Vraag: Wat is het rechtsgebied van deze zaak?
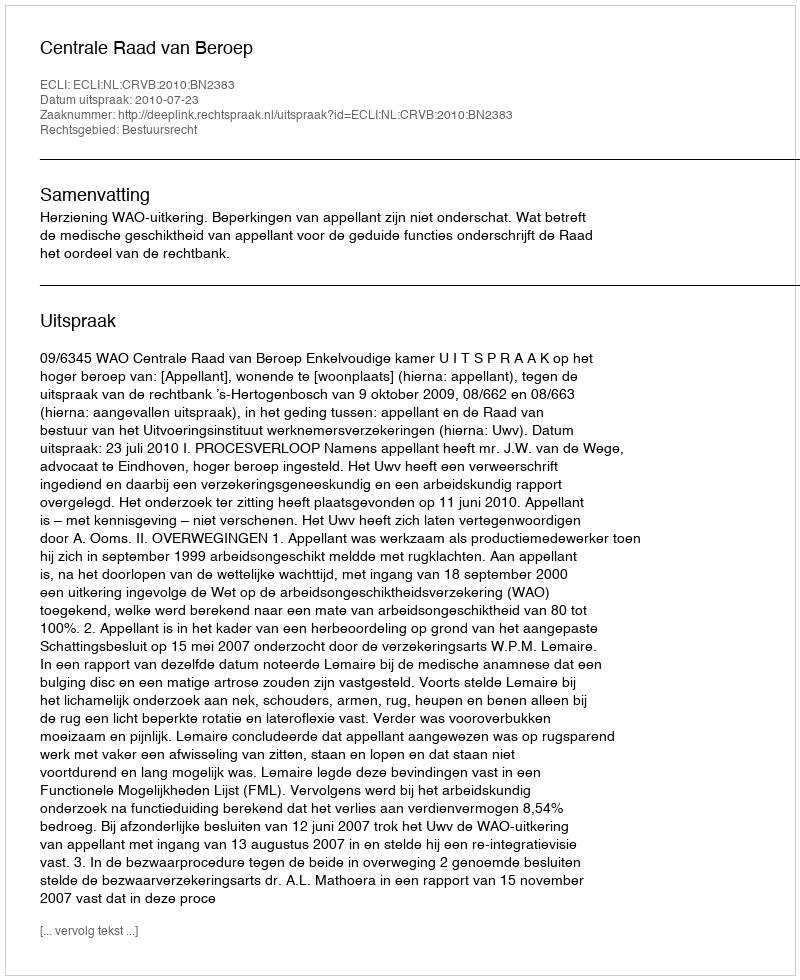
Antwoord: Bestuursrecht